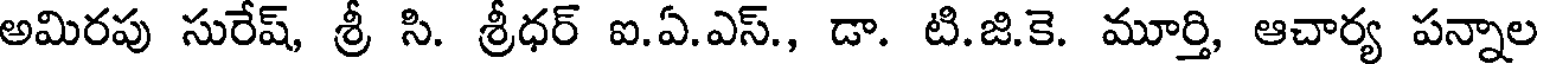
అమిరపు సురేష్, శ్రీ సి. శ్రీధర్ ఐ.ఏ.ఎస్., డా. టి.జి.కె. మూర్తి, ఆచార్య పన్నాల